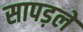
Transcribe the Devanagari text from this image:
सापड़ले